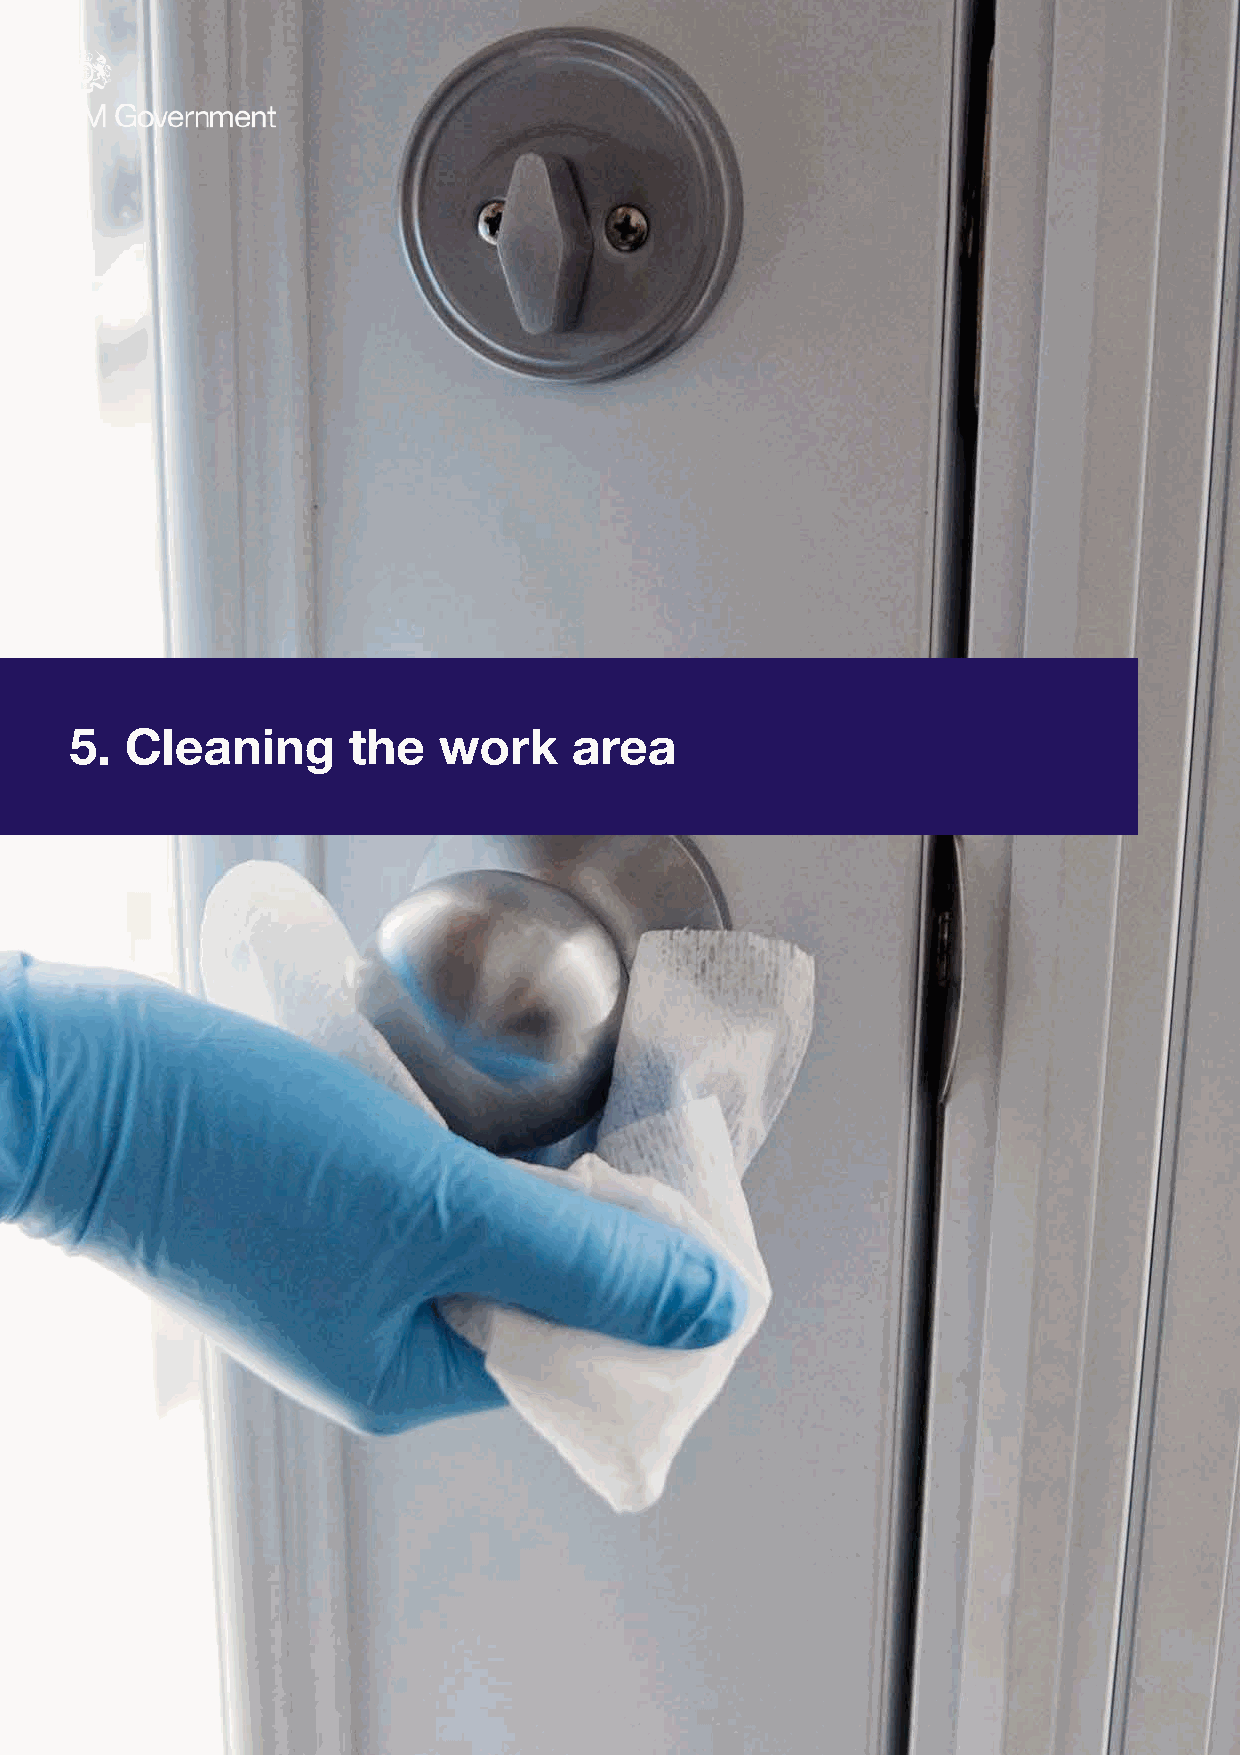
g     e       rk
 5. Cleanin        th    wo       area